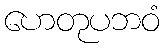
ဟေတုပဘဝံ